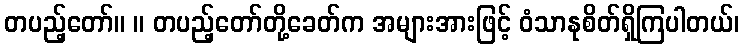
တပည့်တော်။ ။ တပည့်တော်တို့ခေတ်က အများအားဖြင့် ဝံသာနုစိတ်ရှိကြပါတယ်၊